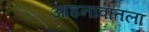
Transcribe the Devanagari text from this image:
आडनावातला